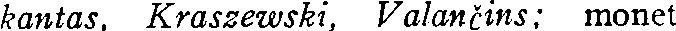
kantas. Kraszetwski, Valančins: monet